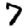
Digit: 7